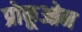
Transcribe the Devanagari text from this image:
प्रोकूओन